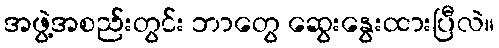
အဖွဲ့အစည်းတွင်း ဘာတွေ ဆွေးနွေးထားပြီလဲ။